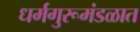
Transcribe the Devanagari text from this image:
धर्मगुरूमंडळात